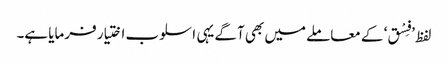
لفظ ’فِسْق‘ کے معاملے میں بھی آگے یہی اسلوب اختیار فرمایا ہے۔